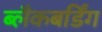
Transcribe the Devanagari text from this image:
ब्लैकबर्डिंग